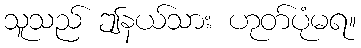
သူသည် ဤနယ်သား ဟုတ်ပုံမရ။